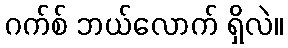
ဂက်စ် ဘယ်လောက် ရှိလဲ။